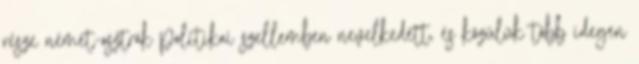
része német-osztrák politikai szellemben nevelkedett, és közülük több idegen